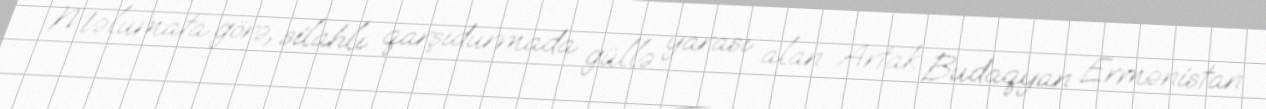
Məlumata görə, silahlı qarşıdurmada güllə yarası alan Artak Budaqyan Ermənistan